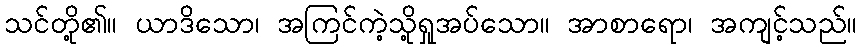
သင်တို့၏။ ယာဒိသော၊ အကြင်ကဲ့သို့ရှုအပ်သော။ အာစာရော၊ အကျင့်သည်။